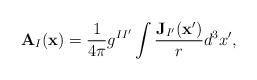
LaTeX: \begin{align*}\mathbf{A}_I(\mathbf{x})=\frac{1}{4\pi}g^{II'}\int\frac{\mathbf{J}_{I'}(\mathbf{x}')}{r}d^3x' ,\end{align*}